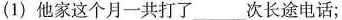
(1)他家这个月一共打了_____次长途电话；